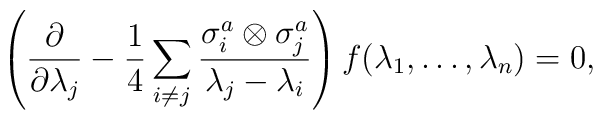
\left({\partial\over \partial\lambda_j}-{1\over4}\sum_{i\neq j}{\sigma^a_i\otimes\sigma^a_j\over\lambda_j-\lambda_i} \right)f(\lambda_1,\ldots,\lambda_n)=0,